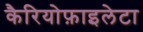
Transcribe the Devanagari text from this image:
कैरियोफ़ाइलेटा